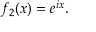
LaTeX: f _ { 2 } ( x ) = e ^ { i x } .